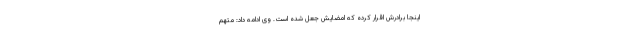
اینجا برادرش اقرار کرده که امضایش جعل شده است. وی ادامه داد: متهم